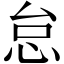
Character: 怠